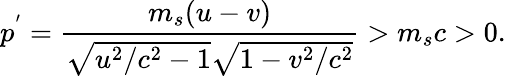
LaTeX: p^{^{\prime}}=\frac{m_{s}(u-v)}{\sqrt{u^{2}/c^{2}-1}\sqrt{1-v^{2}/c^{2}}}>m_{s}c>0.